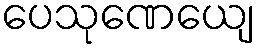
ပေသုဏေယျေ